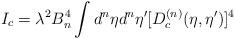
LaTeX: \begin{align*}I_c = \lambda^2 B_n^4 \int d^n{\eta}d^n{\eta'} [D_{c}^{(n)}(\eta,{\eta}') ]^4\end{align*}